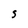
Character: s